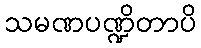
သမဏပဏ္ဍိတာပိ